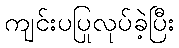
ကျင်းပပြုလုပ်ခဲ့ပြီး